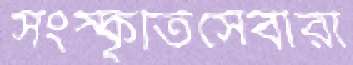
সংস্কৃতিসেবীরা